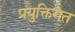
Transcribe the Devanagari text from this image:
प्रयुक्तिगत